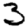
Digit: 3